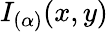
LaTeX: I_{(\alpha)}(x,y)